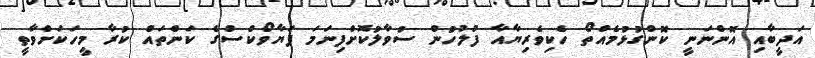
އަދީބާއި އޮންނަނީ ކޮންގުޅުމެއްތޯ ހެކިވެރިޔާއާ ފުލުހުން ސުވާލުކޮށްފިނަމަ ފަޔާވޯކްސްގެ ކަންތައް ކުރާ މީހަކަށްވާތީ